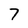
Character: 7